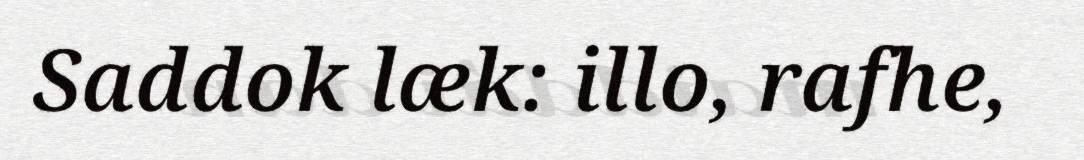
Saddok læk: illo, rafhe,